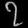
Digit: ၇